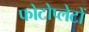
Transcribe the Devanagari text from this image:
फोटोप्लेटों